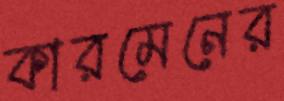
কারমেনের